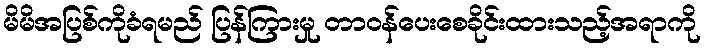
မိမိအပြစ်ကိုခံရမည် ပြန်ကြားမှု တာဝန်ပေးစေခိုင်းထားသည့်အရာကို